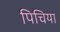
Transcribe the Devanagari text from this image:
पिचिया